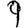
Digit: 9